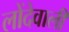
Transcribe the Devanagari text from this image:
लोंदेवाली